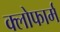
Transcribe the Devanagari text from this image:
क्लोफार्म